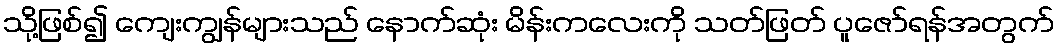
သို့ဖြစ်၍ ကျေးကျွန်များသည် နောက်ဆုံး မိန်းကလေးကို သတ်ဖြတ် ပူဇော်ရန်အတွက်